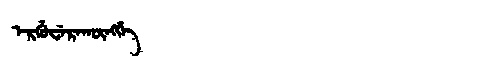
Manchu: ᡝᡵᡤᡠᠸᡝᡵᠠᡴᡡᠩᡤᡝ
Romanization: ERGUWERAKŪNGGE